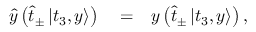
\begin{array} { r l r } { \hat { y } \left( \hat { t } _ { \pm } \left| t _ { 3 } , y \right\rangle \right) } & { { } = } & { y \left( \hat { t } _ { \pm } \left| t _ { 3 } , y \right\rangle \right) , } \end{array}